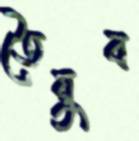
তৈয়ুব